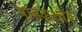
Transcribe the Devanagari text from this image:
पांडवाश्चैव